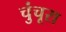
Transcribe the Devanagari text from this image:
चुंचूरा